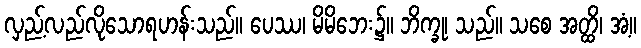
လှည့်လည်လိုသောရဟန်းသည်။ ပေဿ၊ မိမိဘေး၌။ ဘိက္ခု၊ သည်။ သစေ အတ္ထိ၊ အံ့။